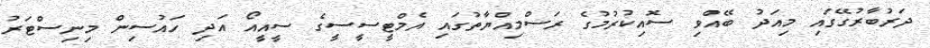
ދަރުބާރުގޭގައި މިއަދު ބޭއްވި ސޮއިކުރުމުގެ ރަސްމިއްޔާތުގައި އެމްޓީސީސީގެ ސީއީއޯ އަދި ހައުސިން މިނިސްޓަރު